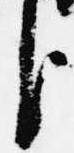
臣